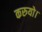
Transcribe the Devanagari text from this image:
करुयो।